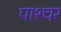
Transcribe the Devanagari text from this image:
पाश्‍चर